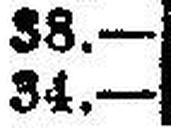
34.—